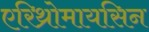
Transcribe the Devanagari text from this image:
एरिथ्रोमायसिन